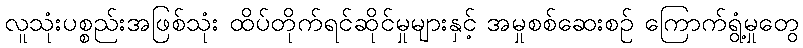
လူသုံးပစ္စည်းအဖြစ်သုံး ထိပ်တိုက်ရင်ဆိုင်မှုများနှင့် အမှုစစ်ဆေးစဉ် ကြောက်ရွံ့မှုတွေ